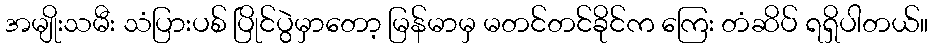
အမျိုးသမီး သံပြားပစ် ပြိုင်ပွဲမှာတော့ မြန်မာမှ မတင်တင်ခိုင်က ကြေး တံဆိပ် ရရှိပါတယ်။